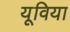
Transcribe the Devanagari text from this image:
यूविया